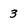
Character: 3